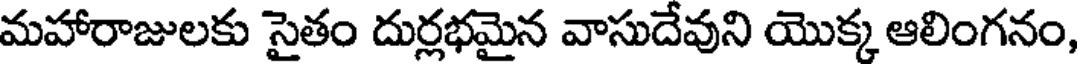
మహారాజులకు సైతం దుర్లభమైన వాసుదేవుని యొక్క ఆలింగనం,